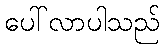
ပေါ်လာပါသည်